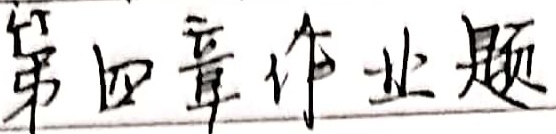
第四章作业题